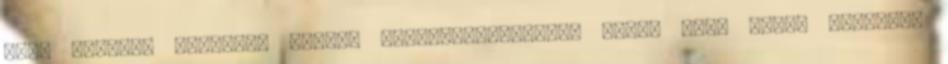
apai szigor. Számomra komoly identitásválságot okoz, hogy saját szakmám,